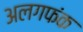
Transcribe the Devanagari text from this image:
अलगफंक